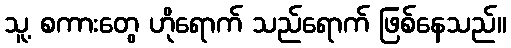
သူ့ စကားတွေ ဟိုရောက် သည်ရောက် ဖြစ်နေသည်။